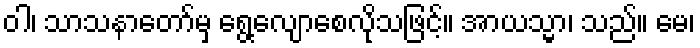
ဝါ၊ သာသနာတော်မှ ရွေ့လျောစေလိုသဖြင့်။ အာယသ္မာ၊ သည်။ မေ၊